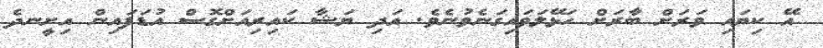
އޭ ކިޔައި ވަރަށް ބާރަށް ހަޅޭލަވައިގަނެވުނެވެ. އަދި ޔަޝާ ކައިރިއަށްގޮސް އުޑަފައިން އިށީނދެ